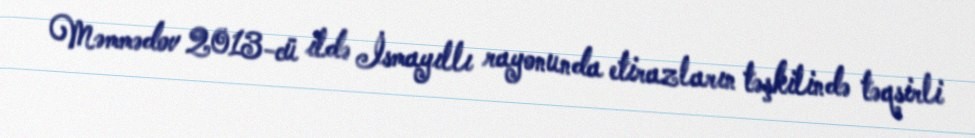
Məmmədov 2013-cü ildə İsmayıllı rayonunda etirazların təşkilində təqsirli